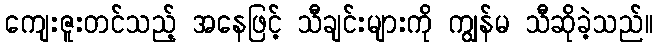
ကျေးဇူးတင်သည့် အနေဖြင့် သီချင်းများကို ကျွန်မ သီဆိုခဲ့သည်။